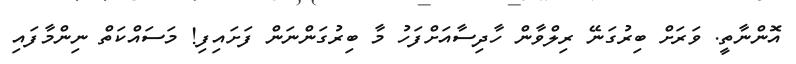
އޮންނާތީ. ވަރަށް ބިރުގަނޭ ރިލްވާން ހާދިސާއަށްފަހު މާ ބިރުގަންނަން ފަށައިފި! މަސައްކަތް ނިންމާފައި